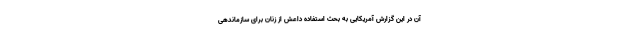
آن در این گزارش آمریکایی به بحث استفاده داعش از زنان برای سازماندهی